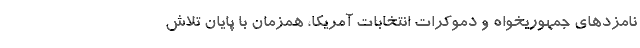
نامزدهای جمهوریخواه و دموکرات انتخابات آمریکا، همزمان با پایان تلاش